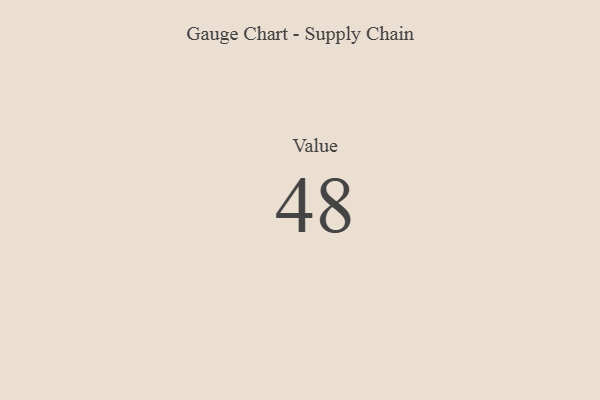
{"axis": {"x": "Metric", "y": "Value"}, "legend": [""], "data": [{"x": "Value", "y": 48, "type": ""}]}